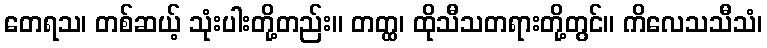
တေရသ၊ တစ်ဆယ့် သုံးပါးတို့တည်း။ တတ္ထ၊ ထိုသီသတရားတို့တွင်။ ကိလေသသီသံ၊